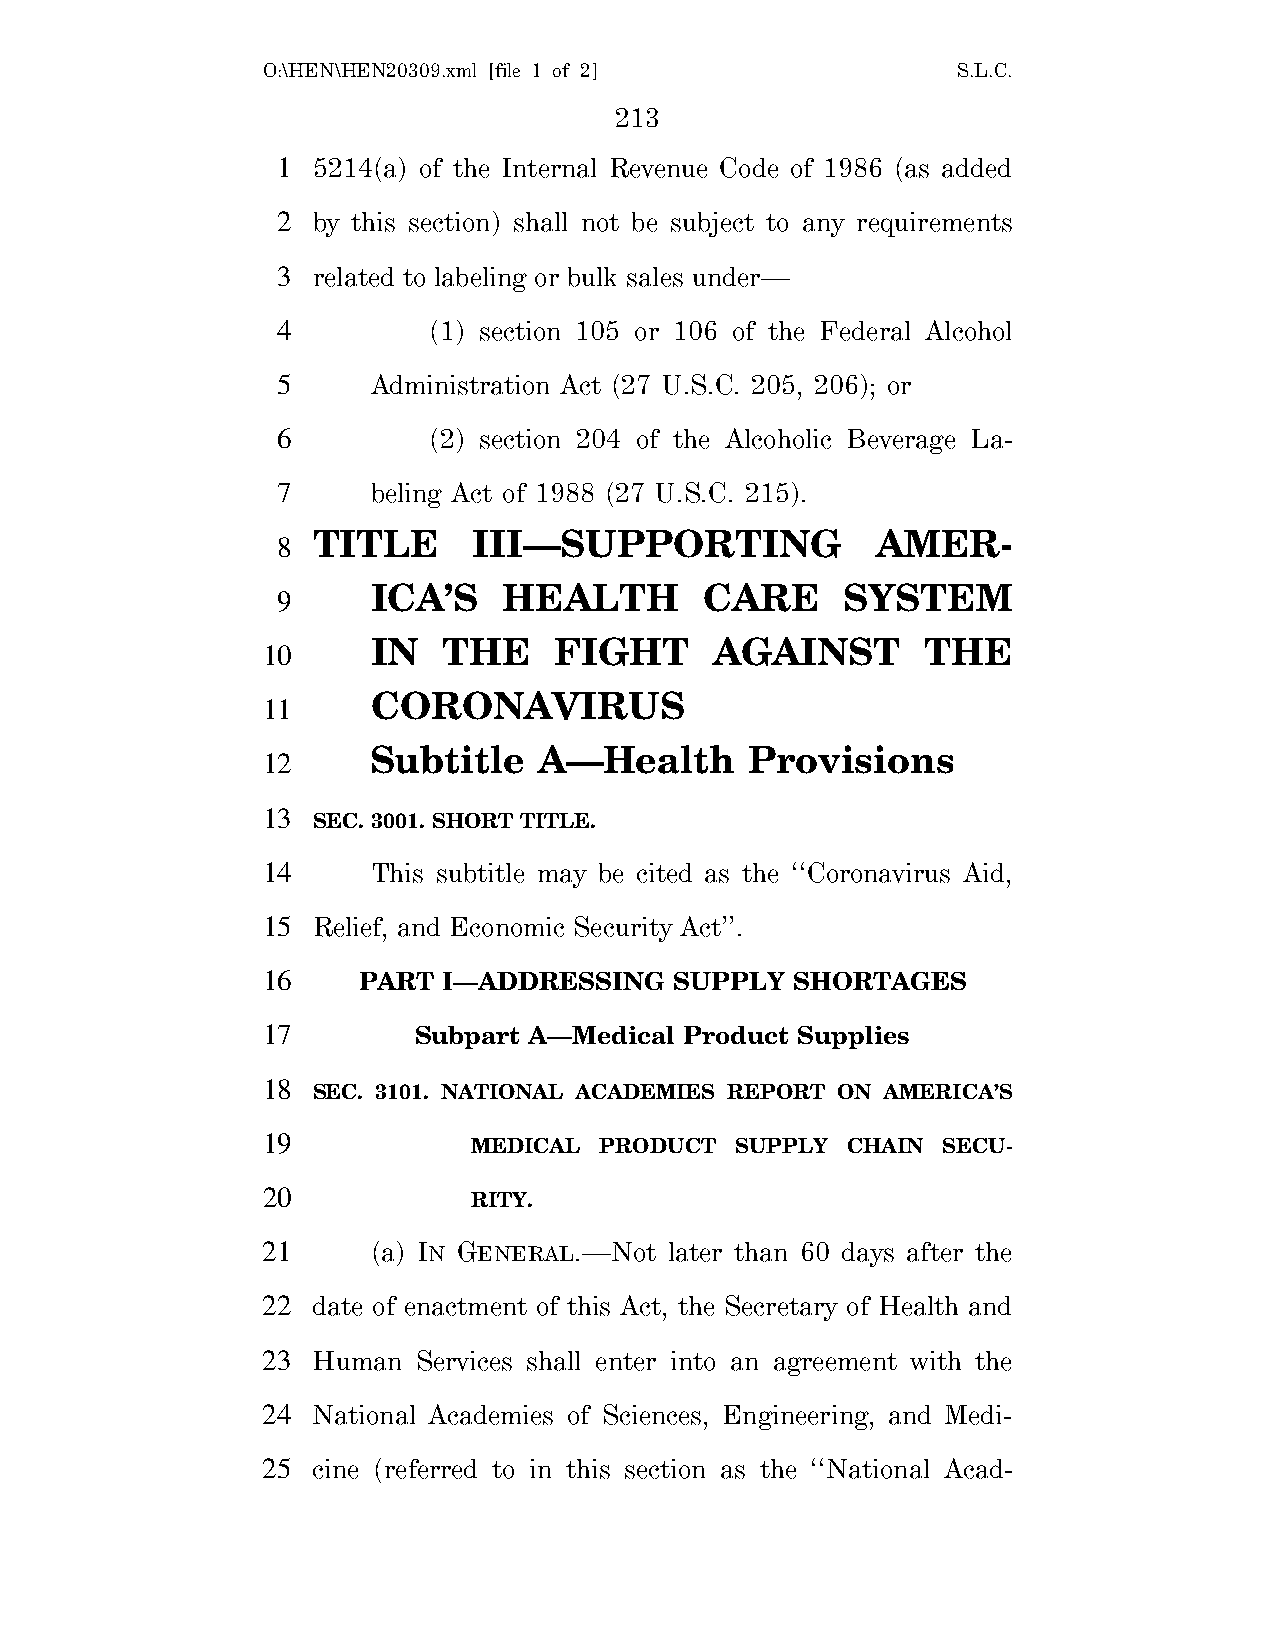
O:\HEN\HEN20309.xml [file 1 of 2]             S.L.C.
 213
 1  5214(a) of the Internal Revenue Code of 1986 (as added
 2  by this section) shall not be subject to any requirements
 3  related to labeling or bulk sales under—
 4         (1) section 105 or 106 of the Federal Alcohol
 5      Administration Act (27 U.S.C. 205, 206); or
 6         (2) section 204 of the Alcoholic Beverage La-
 7      beling Act of 1988 (27 U.S.C. 215).
 TITLE     III—SUPPORTING             AMER-
 8
 ICA’S   HEALTH        CARE     SYSTEM
 9
 IN  THE     FIGHT     AGAINST       THE
 10
 CORONAVIRUS
 11
 Subtitle    A—Health      Provisions
 12
 13
 SEC. 3001. SHORT TITLE.
 14      This subtitle may be cited as the ‘‘Coronavirus Aid,
 15  Relief, and Economic Security Act’’.
 16     PART I—ADDRESSING    SUPPLY  SHORTAGES
 17        Subpart A—Medical Product Supplies
 18
 SEC. 3101. NATIONAL ACADEMIES REPORT ON AMERICA’S
 19
 MEDICAL  PRODUCT  SUPPLY CHAIN SECU-
 20
 RITY.
 21      (a) IN GENERAL.—Not later than 60 days after the
 22  date of enactment of this Act, the Secretary of Health and
 23  Human  Services shall enter into an agreement with the
 24  National Academies of Sciences, Engineering, and Medi-
 25  cine (referred to in this section as the ‘‘National Acad-